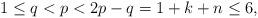
LaTeX: \begin{align*}1\leq q<p<2p-q=1+k+n\leq 6,\end{align*}